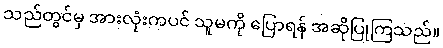
သည်တွင်မှ အားလုံးကပင် သူမကို ပြောရန် အဆိုပြုကြသည်။